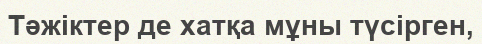
Тәжіктер де хатқа мұны түсірген,